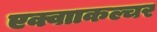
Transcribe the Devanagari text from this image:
एक्वााकल्चर